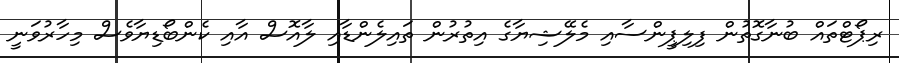
ރިޕޯޓްތައް ބުނާގޮތުން ފިލިޕީންސާއި މެލޭޝިޔާގެ އިތުރުން ތައިލެންޑާއި ލާއޮސް އާއި ކެންބޯޑިޔާވެސް މިހާރުވަނީ